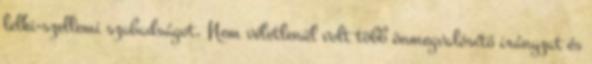
lelki-szellemi szabadságot. Nem véletlenül volt több önmegvalósító irányzat és